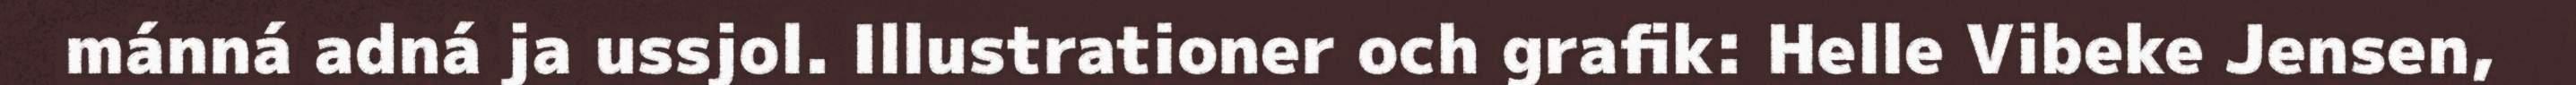
mánná adná ja ussjol. Illustrationer och grafik: Helle Vibeke Jensen,